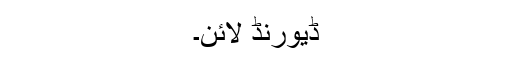
ڈیورنڈ لائن۔